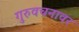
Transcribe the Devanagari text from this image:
गुरुवचनावर